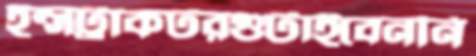
ইন্সট্রাকটরগুটাইবেননি